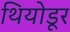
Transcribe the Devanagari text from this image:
थियोडूर